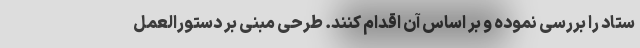
ستاد را بررسی نموده و بر اساس آن اقدام کنند. طرحی مبنی بر دستورالعمل